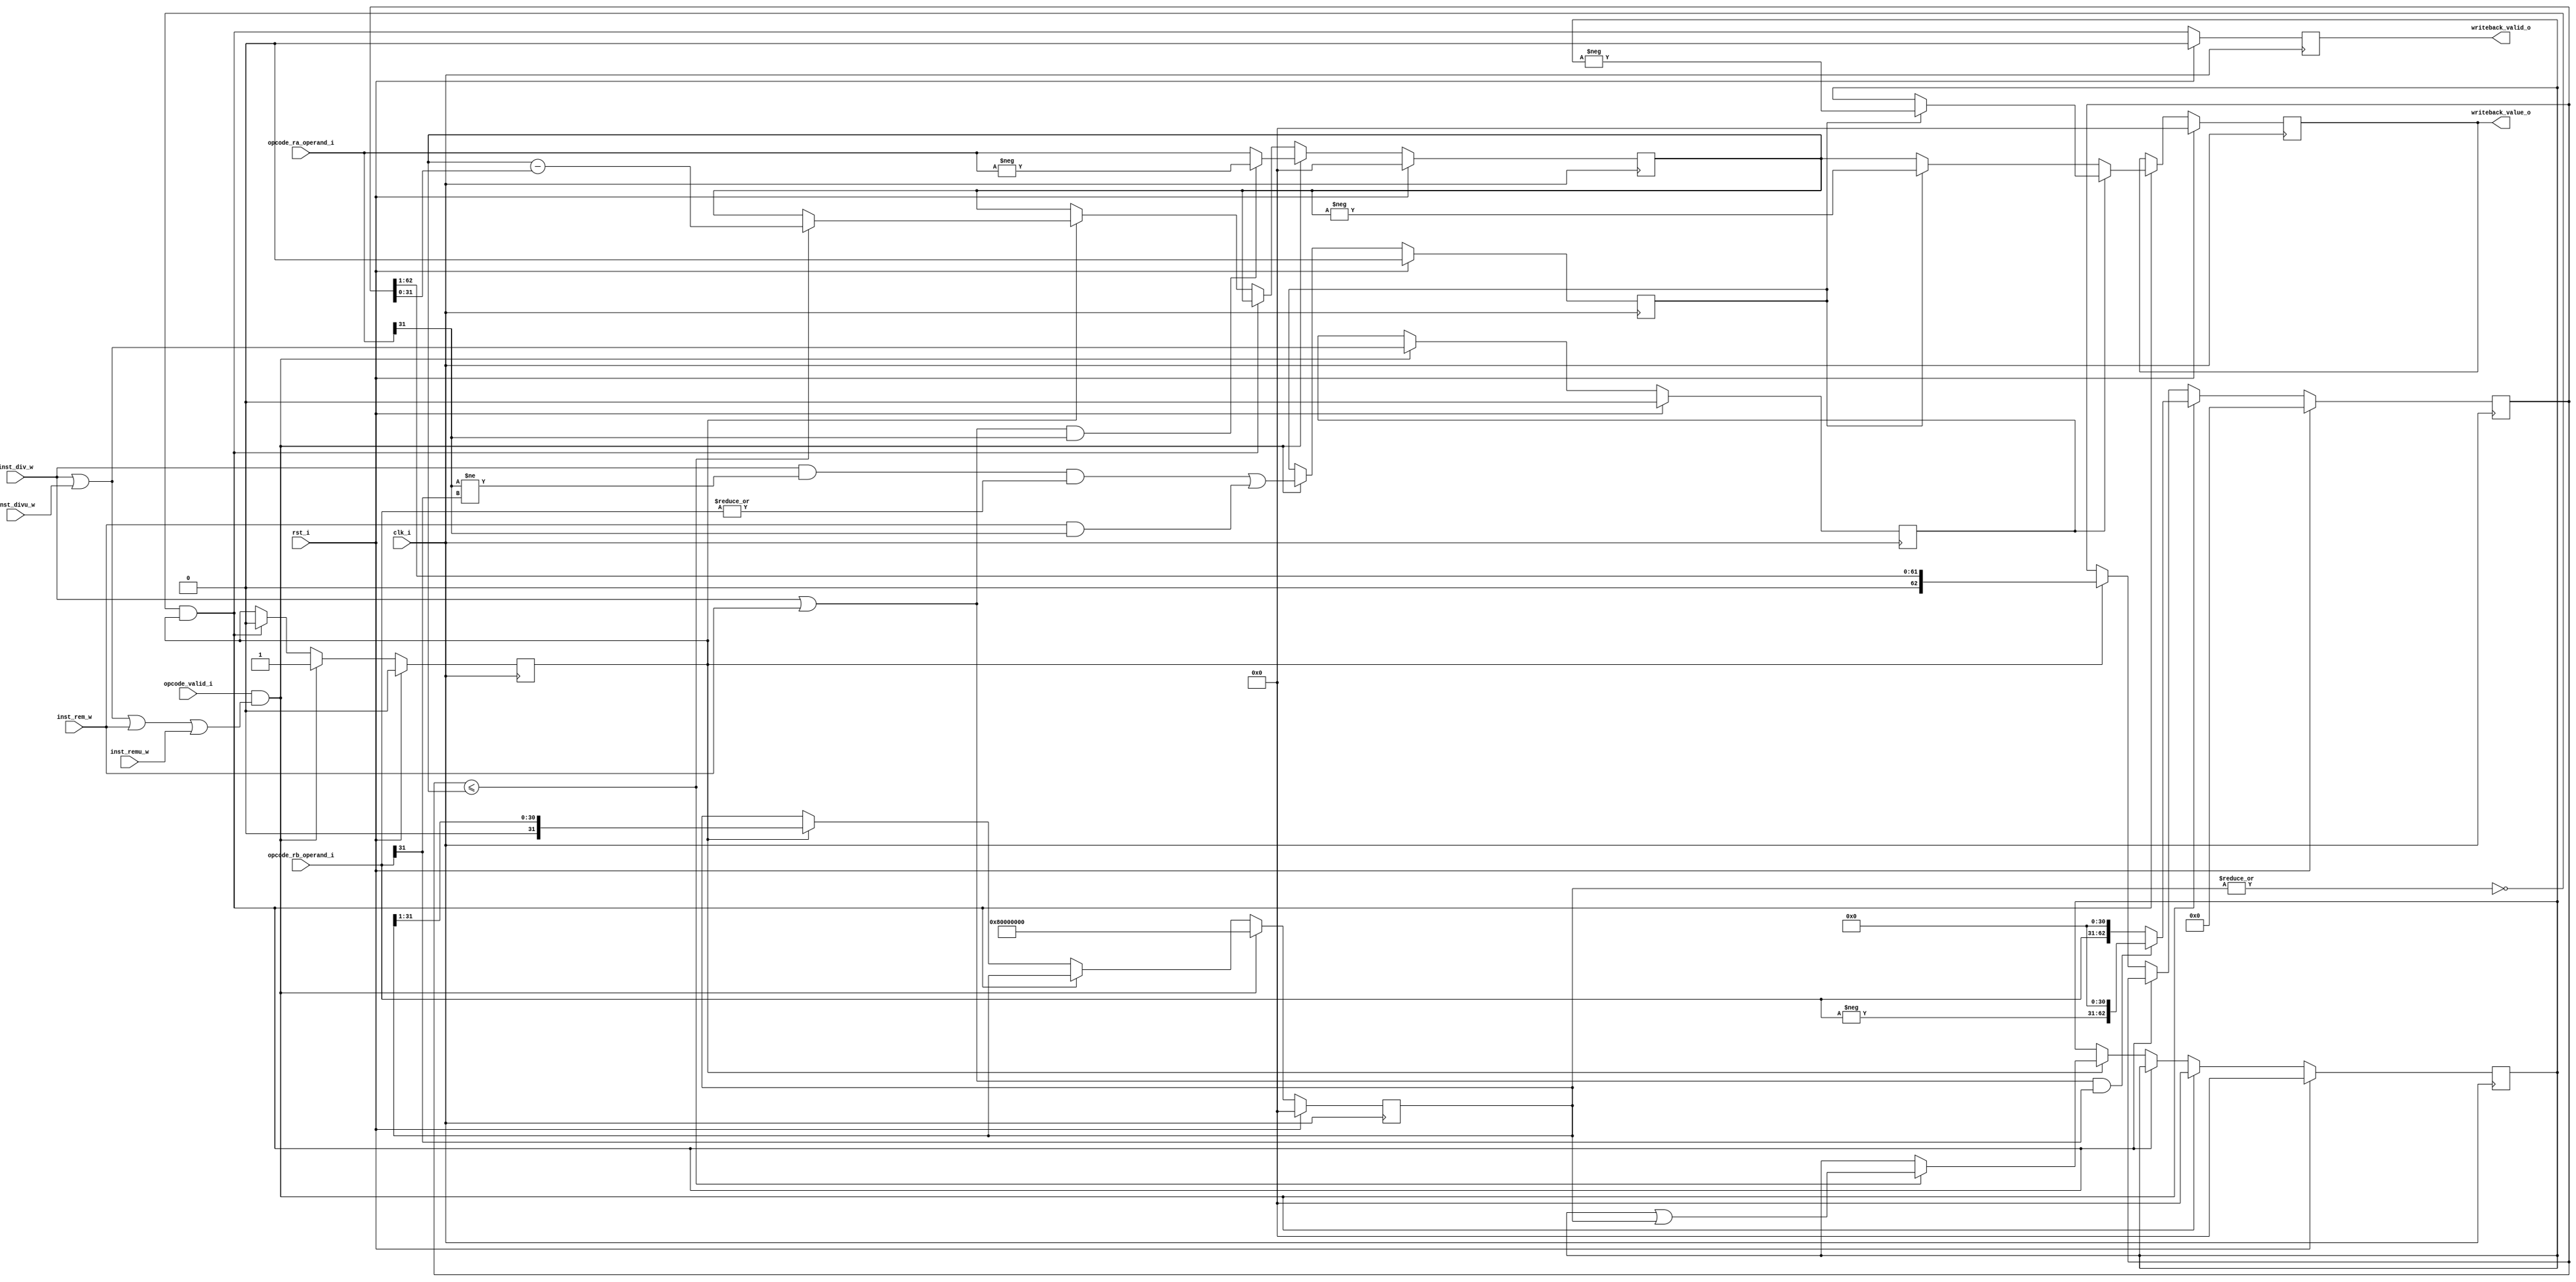
module riscv_divider
(
    // Inputs
     input           clk_i
    ,input           rst_i
    ,input           opcode_valid_i
    ,input           inst_div_w
    ,input           inst_divu_w
    ,input           inst_rem_w
    ,input           inst_remu_w

    ,input  [ 31:0]  opcode_ra_operand_i
    ,input  [ 31:0]  opcode_rb_operand_i

    // Outputs
    ,output          writeback_valid_o
    ,output [ 31:0]  writeback_value_o
);



//-----------------------------------------------------------------
// Includes
//-----------------------------------------------------------------
//`include "riscv_defs.v"

//-------------------------------------------------------------
// Registers / Wires
//-------------------------------------------------------------
reg          valid_q;
reg  [31:0]  wb_result_q;

//-------------------------------------------------------------
// Divider
//-------------------------------------------------------------
wire div_rem_inst_w     = (inst_div_w)  || 
                          (inst_divu_w) ||
                          (inst_rem_w)  ||
                          (inst_remu_w);

wire signed_operation_w = (inst_div_w) || (inst_rem_w);
wire div_operation_w    = (inst_div_w) || (inst_divu_w);

reg [31:0] dividend_q;
reg [62:0] divisor_q;
reg [31:0] quotient_q;
reg [31:0] q_mask_q;
reg        div_inst_q;
reg        div_busy_q;
reg        invert_res_q;

wire div_start_w    = opcode_valid_i & div_rem_inst_w;
wire div_complete_w = !(|q_mask_q) & div_busy_q;

always @(posedge clk_i)
if (rst_i)
begin
    div_busy_q     <= 1'b0;
    dividend_q     <= 32'b0;
    divisor_q      <= 63'b0;
    invert_res_q   <= 1'b0;
    quotient_q     <= 32'b0;
    q_mask_q       <= 32'b0;
    div_inst_q     <= 1'b0;
end
else if (div_start_w)
begin

    div_busy_q     <= 1'b1;
    div_inst_q     <= div_operation_w;

    if (signed_operation_w && opcode_ra_operand_i[31])
        dividend_q <= -opcode_ra_operand_i;
    else
        dividend_q <= opcode_ra_operand_i;

    if (signed_operation_w && opcode_rb_operand_i[31])
        divisor_q <= {-opcode_rb_operand_i, 31'b0};
    else
        divisor_q <= {opcode_rb_operand_i, 31'b0};

    invert_res_q  <= ((inst_div_w) && (opcode_ra_operand_i[31] != opcode_rb_operand_i[31]) && |opcode_rb_operand_i) || 
                     ((inst_rem_w) && opcode_ra_operand_i[31]);

    quotient_q     <= 32'b0;
    q_mask_q       <= 32'h80000000;
end
else if (div_complete_w)
begin
    div_busy_q <= 1'b0;
end
else if (div_busy_q)
begin
    if (divisor_q <= {31'b0, dividend_q})
    begin
        dividend_q <= dividend_q - divisor_q[31:0];
        quotient_q <= quotient_q | q_mask_q;
    end

    divisor_q <= {1'b0, divisor_q[62:1]};
    q_mask_q  <= {1'b0, q_mask_q[31:1]};
end

reg [31:0] div_result_r;
always @ *
begin
    div_result_r = 32'b0;

    if (div_inst_q)
        div_result_r = invert_res_q ? -quotient_q : quotient_q;
    else
        div_result_r = invert_res_q ? -dividend_q : dividend_q;
end

always @(posedge clk_i)
if (rst_i)
    valid_q <= 1'b0;
else
    valid_q <= div_complete_w;

always @(posedge clk_i)
if (rst_i)
    wb_result_q <= 32'b0;
else if (div_complete_w)
    wb_result_q <= div_result_r;

assign writeback_valid_o = valid_q;
assign writeback_value_o  = wb_result_q;



endmodule